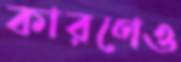
কারণেও